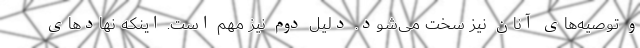
و توصیه‌های آنان نیز سخت می‌شود. دلیل دوم نیز مهم است. اینکه نهادهای